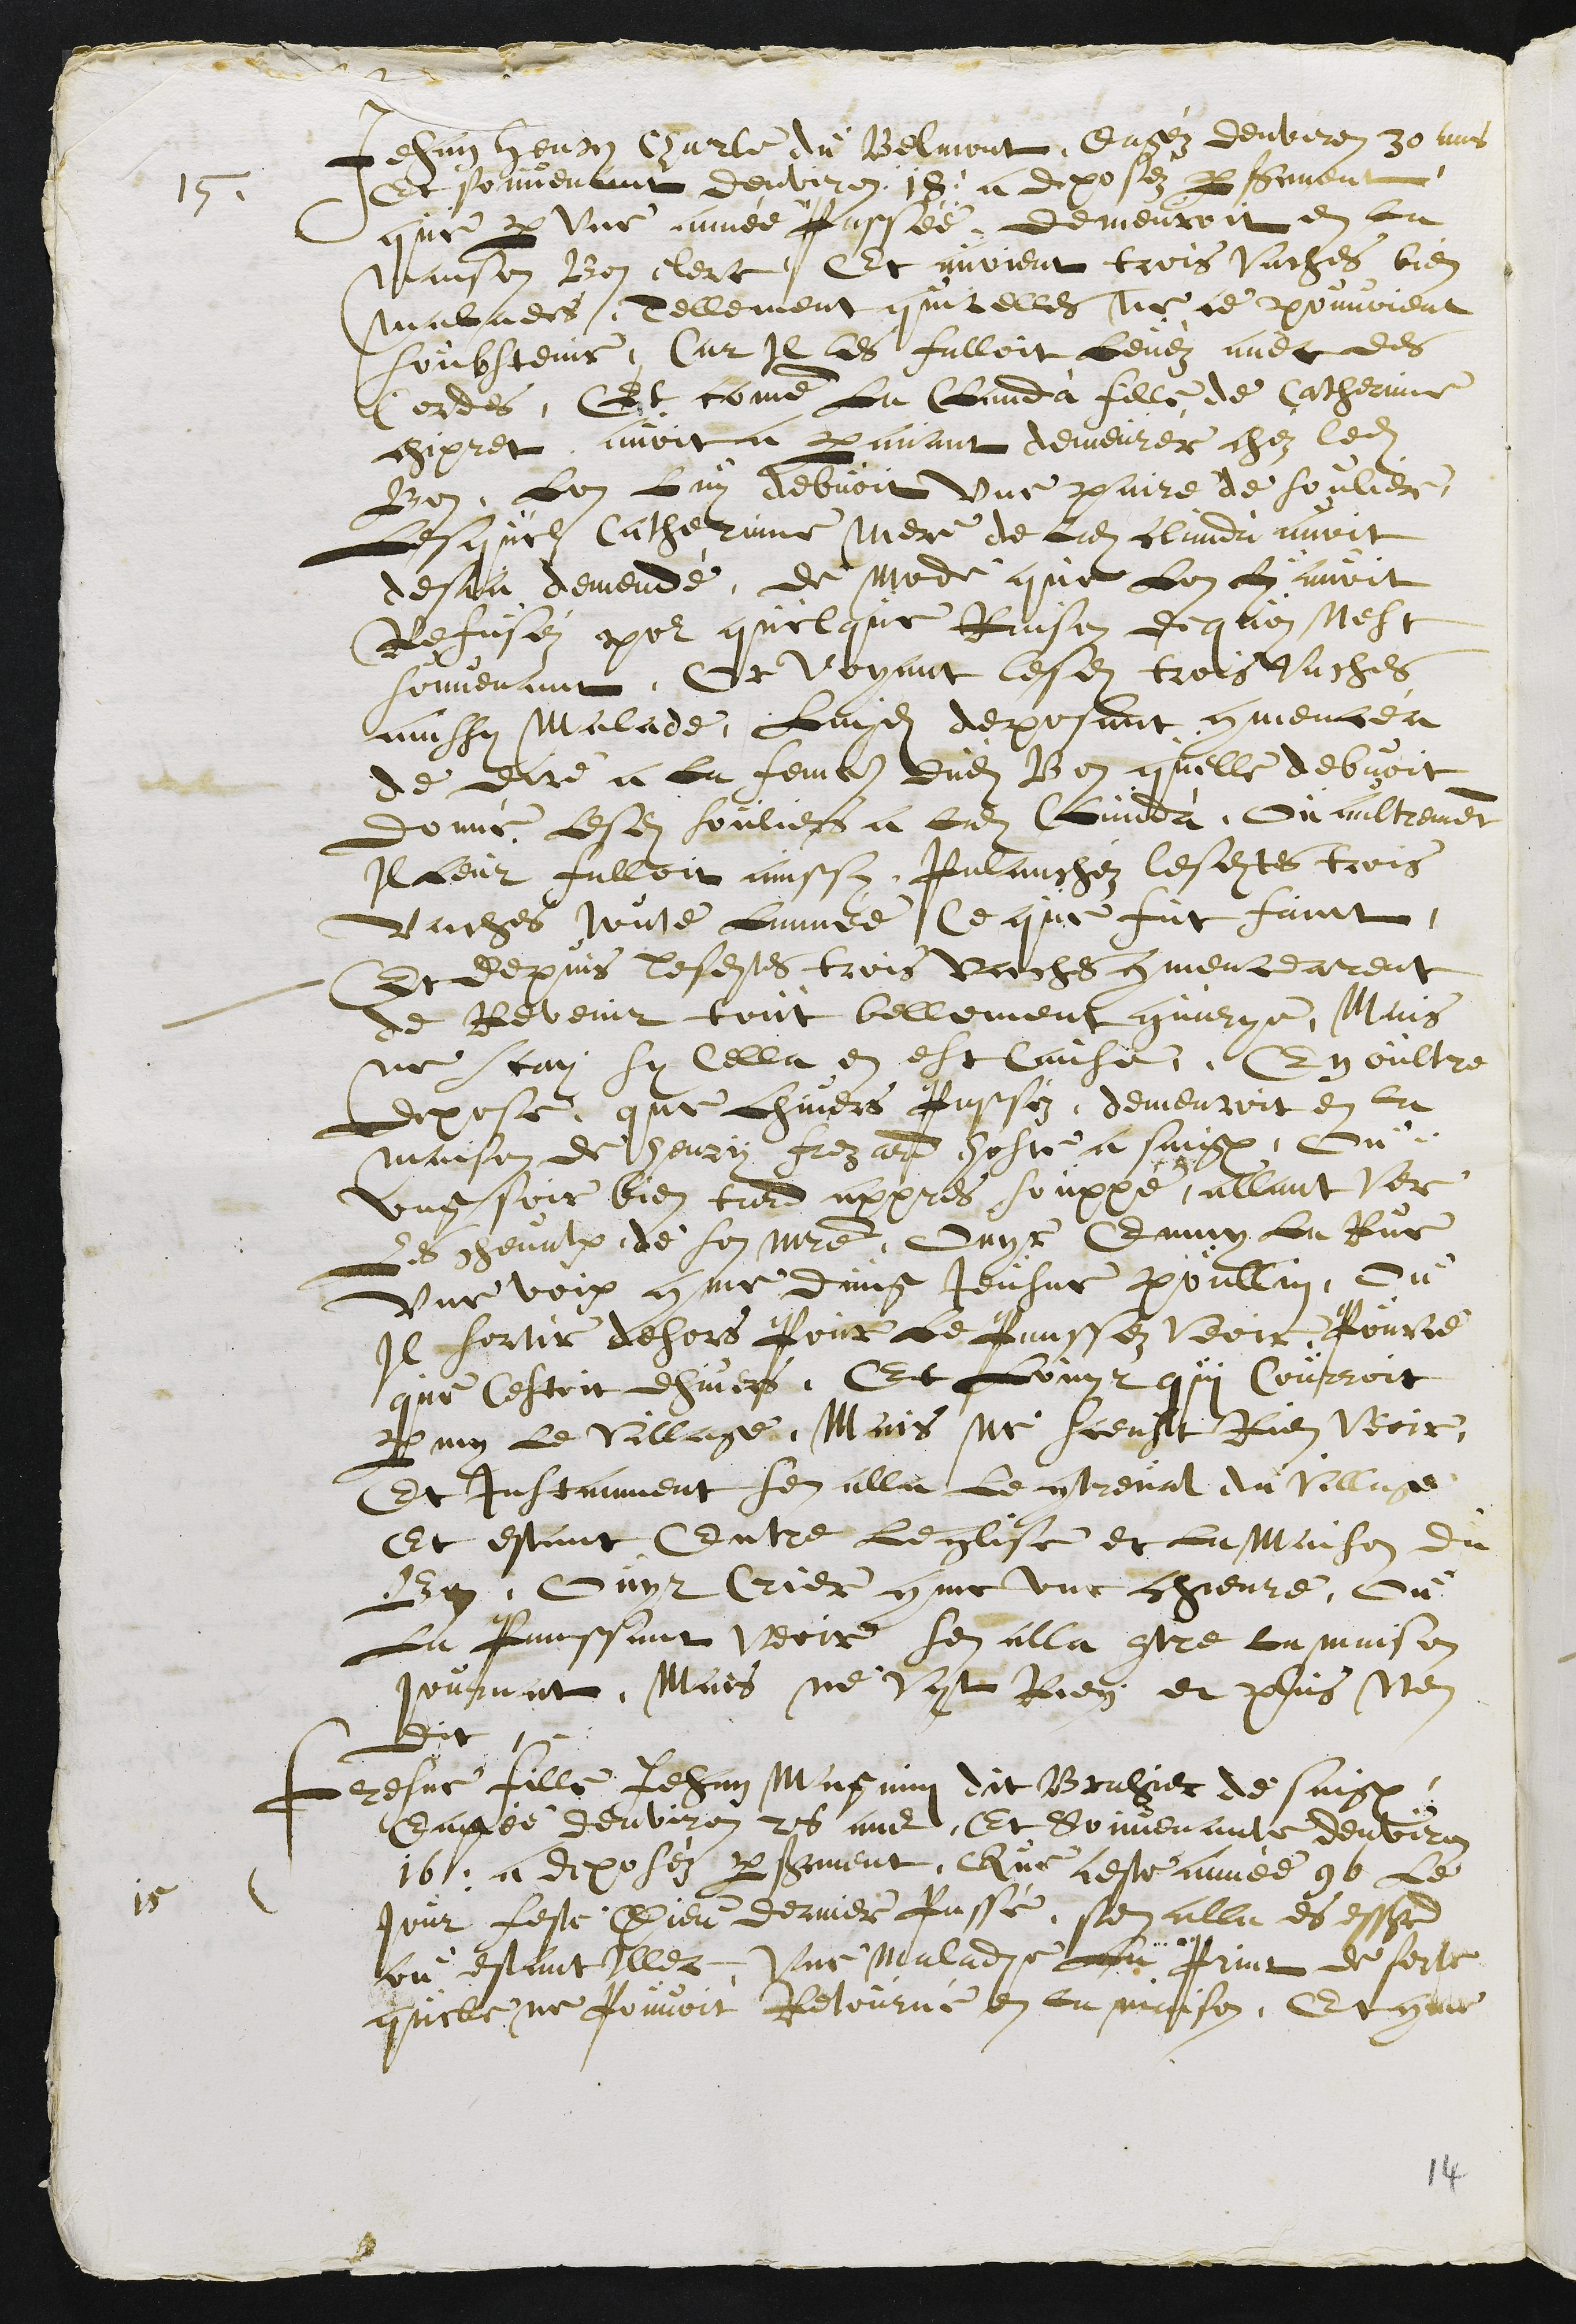
15.
Jehan Henry Charle du Belmont, Eagéz denviron 30 ans
Et souvenant denviron 18, a deposéz par serment
que par Une année Passée, demeuroit en la
maison Bon clerc, Et avoient trois Vaches bien
malades, Tellement quicelles ne ce pouvoient
soubstenir, Car Il les falloit levéz avec des
Cordes, Et comme la Clauda fille de Catherinne
chipret, avoit a paravant demeurér chez ledit
Bon, Lon Luy debvoit Une paire de soulier,
Lesquel Catherinne mere de ladite Clauda, avoit
desja demendé, de mode que Lon Luy avoit
Refuséz pour quelque Raison de quoy Nest
souvenant. Et Voyant lesdites trois Vaches
aussy malade Luydit deposant Commencea
de dire a la femme dudit Bon quelle debvoit
donné lesdits souliers a ladite Clauda, ou aultrement
Il leur falloit ainssy Palanchéz lesdites trois
Vaches toute Lannée, Ce que fut faict,
Et depuis lesdites trois Vaches commencearent
de Revenir tout bellement guarye. Mais
ne scay sy Cella en est cause. En oultre
depose, que Lhivers Passéz, demeuroit en la
maison de henry Frezard, hoste a Saignelégier, ou
ung soir bien tard appres souppé, allant Ver
Les chevalx de son maître, ouyt enmy La Rue
Une voix comme dung Jeusne poullin, ou
Il sortit dehors Pour Le Panssez veoir, Pource
que cestoit lhivers, Et Louyt qui courroit
parmy le Village. Mais ne sceust Rien veoir,
Et instanment sen alla le contreval du village.
Et estant entre leglise et la Maison du
Bon, ouyt Crier comme une chievre, ou
la panssant veoir sen alla contre la maison
Journat. Mais ne Vyt Rien et plus nen
dit.
15
Fresne fille Jehan Magnin dit Brahier de Saignelégier,
Eagée denviron 26 ans Et souvenante denviron
16, a deposéz par serment, Que ceste année 96 Le
Jour feste Dieu dernier Passé, sen alla es esserd
ou estant Illec, Une maladie La print de sorte
quelle ne Pouvoit Retourné en la maison. Et comme